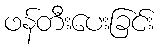
ဖန်တီးပေးခြင်း